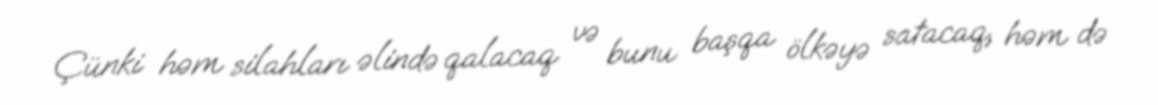
Çünki həm silahları əlində qalacaq və bunu başqa ölkəyə satacaq, həm də